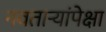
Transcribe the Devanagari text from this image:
नवताऱ्यांपेक्षा